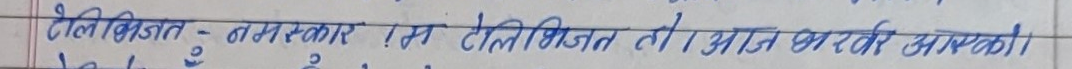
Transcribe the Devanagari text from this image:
टेलीविजन - नमस्कार ! हम टेलीविजन तो आज भरती आएको।